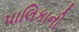
પાલિકાની